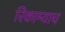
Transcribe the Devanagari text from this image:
रिकाम्याच